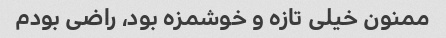
ممنون خیلی تازه و خوشمزه بود، راضی بودم